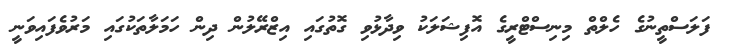
ފަލަސްތީނުގެ ހެލްތް މިނިސްޓްރީގެ އޮފިޝަލަކު ވިދާޅުވި ގޮތުގައި އިޒްރޭލުން ދިން ހަމަލާތަކުގައި މަރުވެފައިވަނީ